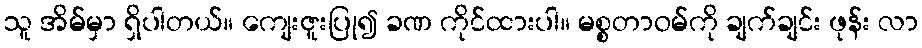
သူ အိမ်မှာ ရှိပါတယ်။ ကျေးဇူးပြု၍ ခဏ ကိုင်ထားပါ။ မစ္စတာဝမ်ကို ချက်ချင်း ဖုန်း လာ